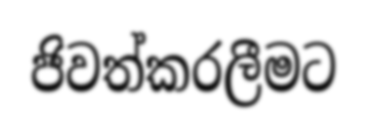
ජිවත්කරලීමට